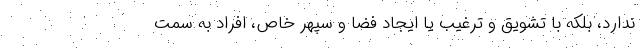
ندارد، بلکه با تشویق و ترغیب یا ایجاد فضا و سپهر خاص، افراد به سمت